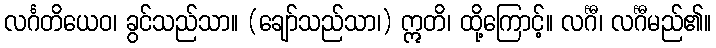
လင်္ဂတိယေဝ၊ ခွင်သည်သာ။ (ချော်သည်သာ၊) ဣတိ၊ ထို့ကြောင့်။ လင်္ဂီ၊ လင်္ဂီမည်၏။